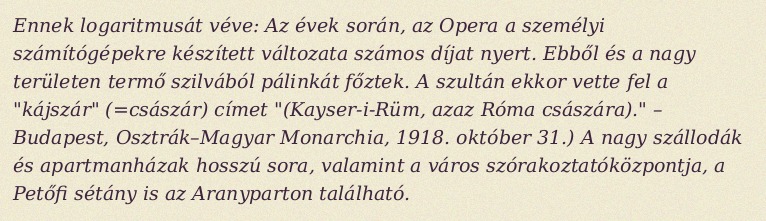
Ennek logaritmusát véve: Az évek során, az Opera a személyi számítógépekre készített változata számos díjat nyert. Ebből és a nagy területen termő szilvából pálinkát főztek. A szultán ekkor vette fel a "kájszár" (=császár) címet "(Kayser-i-Rüm, azaz Róma császára)." – Budapest, Osztrák–Magyar Monarchia, 1918. október 31.) A nagy szállodák és apartmanházak hosszú sora, valamint a város szórakoztatóközpontja, a Petőfi sétány is az Aranyparton található.